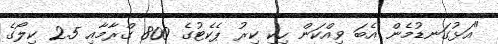
"އަޅުގަނޑުމެން އެބަ ވިއްކަން ހިކި ކިރު ޕެކެޓުގެ 800 ގްރާމާއި 2.5 ކިލޯގެ